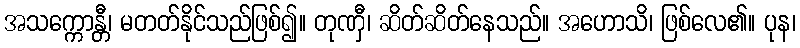
အသက္ကောန္တီ၊ မတတ်နိုင်သည်ဖြစ်၍။ တုဏှီ၊ ဆိတ်ဆိတ်နေသည်။ အဟောသိ၊ ဖြစ်လေ၏။ ပုန၊